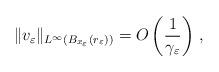
LaTeX: \begin{align*}\|v_\varepsilon\|_{L^\infty(B_{x_\varepsilon}(r_\varepsilon))}=O\left(\frac{1}{\gamma_\varepsilon} \right)\,,\end{align*}